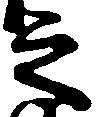
之